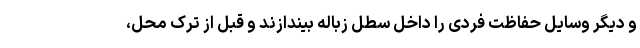
و دیگر وسایل حفاظت فردی را داخل سطل زباله بیندازند و قبل از ترک محل،